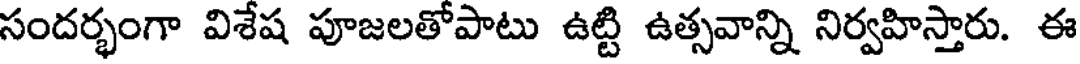
సందర్భంగా విశేష పూజలతోపాటు ఉట్టి ఉత్సవాన్ని నిర్వహిస్తారు. ఈ